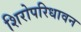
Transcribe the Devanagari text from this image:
शिरोपरिधावन